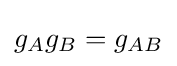
g_{A}g_{B}=g_{AB}